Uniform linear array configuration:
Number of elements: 24
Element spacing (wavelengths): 0.25
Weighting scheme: exponential
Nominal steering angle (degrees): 15
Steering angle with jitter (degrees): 14.766
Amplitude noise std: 0.05
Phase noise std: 0.05

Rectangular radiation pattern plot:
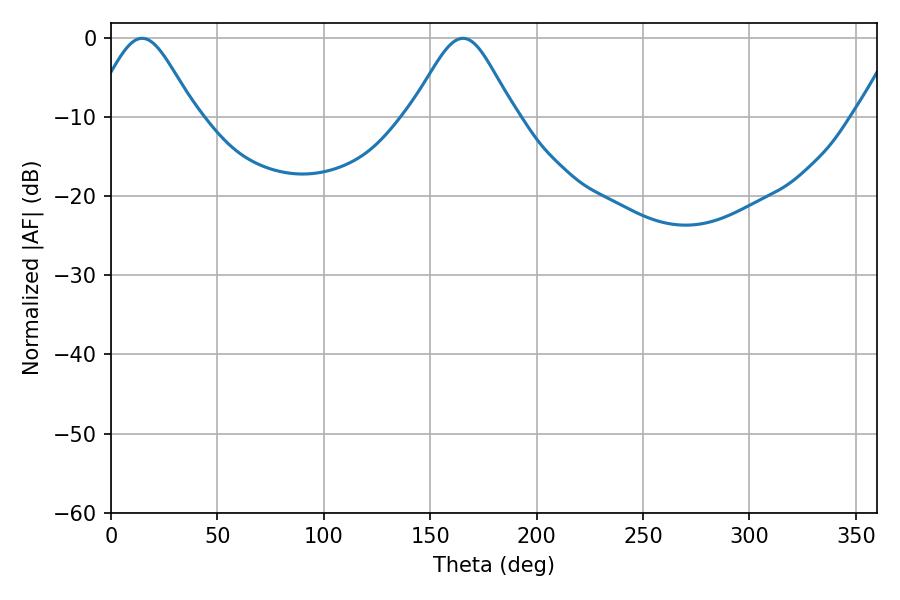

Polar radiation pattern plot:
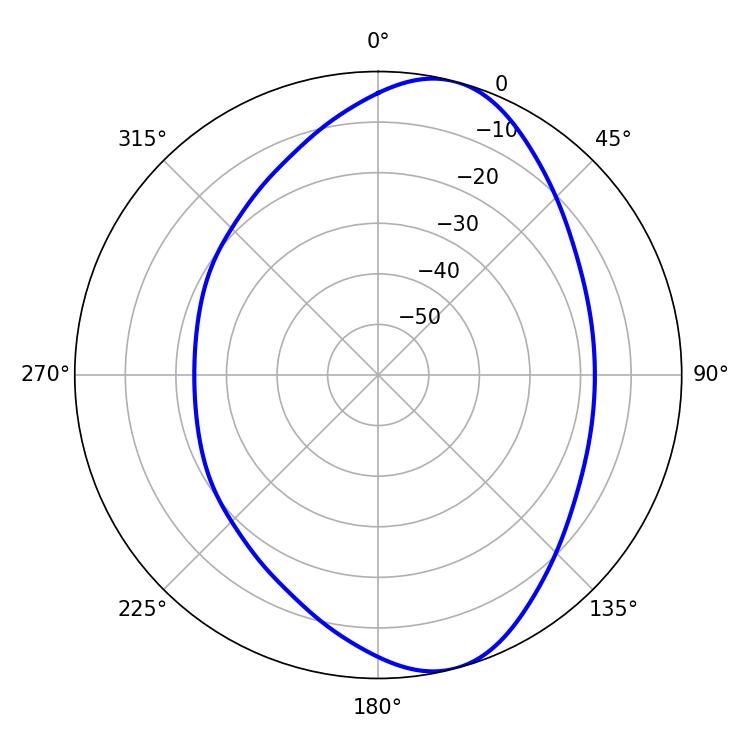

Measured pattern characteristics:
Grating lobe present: FALSE
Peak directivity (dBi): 8.741
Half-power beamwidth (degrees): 23.94
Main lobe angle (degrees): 14.58